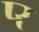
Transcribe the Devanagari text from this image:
प्‍र